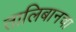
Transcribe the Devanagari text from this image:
तालिबानचा